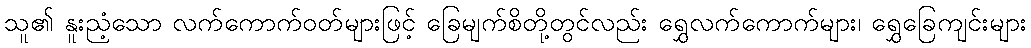
သူ၏ နူးညံ့သော လက်ကောက်ဝတ်များဖြင့် ခြေမျက်စိတို့တွင်လည်း ရွှေလက်ကောက်များ၊ ရွှေခြေကျင်းများ